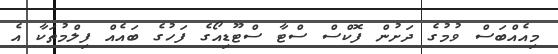
މިއެއްބަސް ވުމުގެ ދަށުން ފޮކްސް ސްޓާ ސްޓޫޑިއޯގެ ފަހުގެ ބައެއް ފިލްމުތަކާ އެ